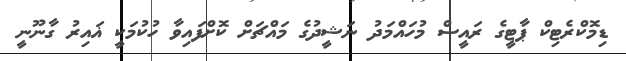
ޑިމޮކްރެޓިކް ޕާޓީގެ ރައީސް މުހައްމަދު ނަޝީދުގެ މައްޗަށް ކޮށްފައިވާ ހުކުމަކީ ޣައިރު ގާނޫނީ